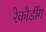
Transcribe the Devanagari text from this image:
रेकौर्डींग